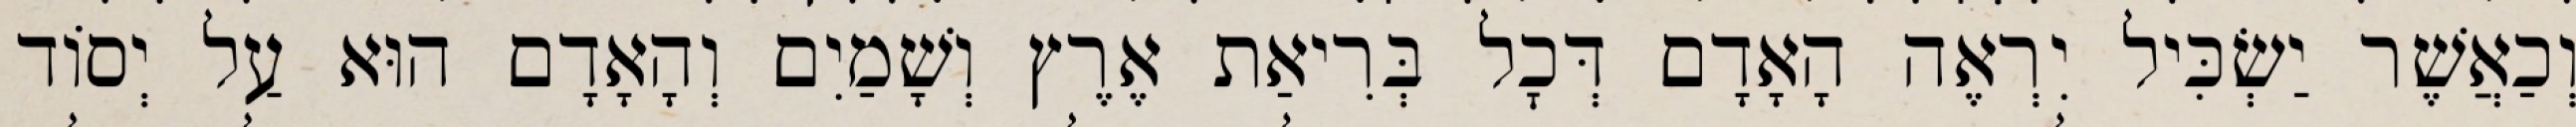
וְכַאֲשֶׁר יַשְׂכִּיל יִרְאֶה הָאָדָם דְּכׇל בְּרִיאַת אֶרֶץ וְשָׁמַיִם וְהָאָדָם הוּא עַל יְסוֹד